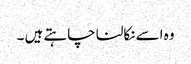
وہ اسے نکالنا چاہتے ہیں ۔